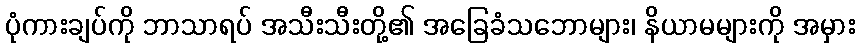
ပုံကားချပ်ကို ဘာသာရပ် အသီးသီးတို့၏ အခြေခံသဘောများ၊ နိယာမများကို အမှား